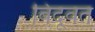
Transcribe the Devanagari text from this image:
बिंदूवत